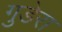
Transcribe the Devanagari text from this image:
गुडेरा